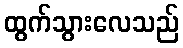
ထွက်သွားလေသည်